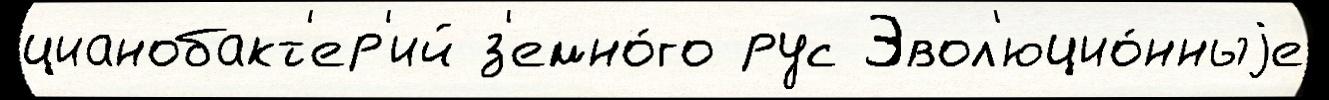
цианобакт'ер'ий з'емно́го рус Эвол'юцио́нныjе